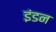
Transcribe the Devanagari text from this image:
इंडन